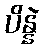
ပိန္နဲ